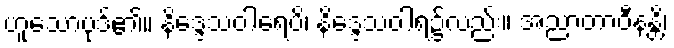
ဟူသောပုဒ်၏။ နိဒ္ဒေသဝါရေပိ၊ နိဒ္ဒေသဝါရ၌လည်း။ အညာတာဝီနန္တိ၊